Indian journal of veterinary science and animal husbandry - Volume 10,
Year: 1940
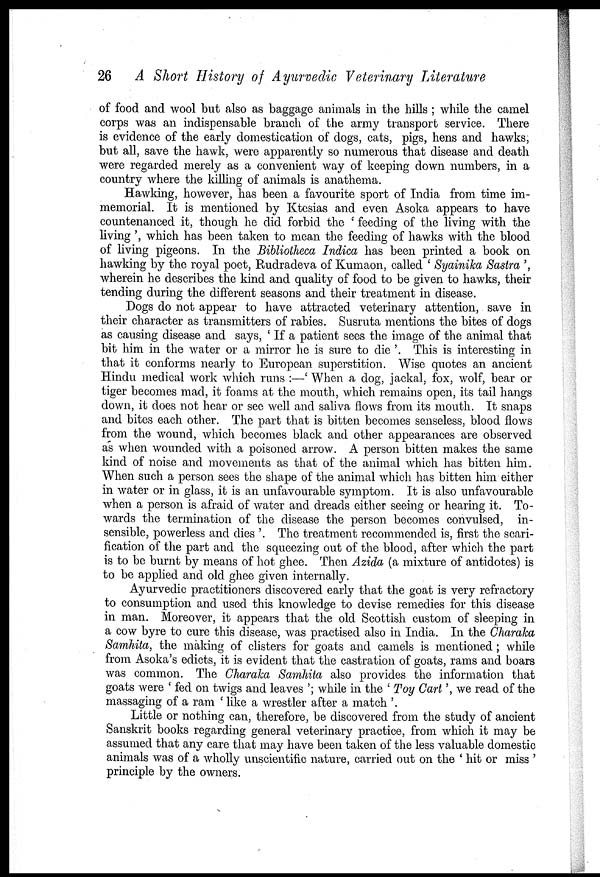
26 A Short History of Ayurvedic Veterinary Literature
of food and wool but also as baggage animals in the hills ; while the camel
corps was an indispensable branch of the army transport service. There
is evidence of the early domestication of dogs, cats, pigs, hens and hawks,
but all, save the hawk, were apparently so numerous that disease and death
were regarded merely as a convenient way of keeping down numbers, in a
country where the killing of animals is anathema.
Hawking, however, has been a favourite sport of India from time im-
memorial. It is mentioned by Ktesias and even Asoka appears to have
countenanced it, though he did forbid the ' feeding of the living with the
living ', which has been taken to mean the feeding of hawks with the blood
of living pigeons. In the Bibliolheca Indica has been printed a book on
hawking by the royal poet, Rudradeva of Kumaon, called ' Syainika Sastra ',
wherein he describes the kind and quality of food to be given to hawks, their
tending during the different seasons and their treatment in disease.
Dogs do not appear to have attracted veterinary attention, save in
their character as transmitters of rabies. Susruta mentions the bites of dogs
as causing disease and says, ' If a patient sees the image of the animal that
bit him in the water or a mirror he is sure to die '. This is interesting in
that it conforms nearly to European superstition. Wise quotes an ancient
Hindu medical work which runs :—' When a dog, jackal, fox, wolf, bear or
tiger becomes mad, it foams at the mouth, which remains open, its tail hangs
down, it does not hear or see well and saliva flows from its mouth. It snaps
and bites each other. The part that is bitten becomes senseless, blood flows
from the wound, which becomes black and other appearances are observed
as when wounded with a poisoned arrow. A person bitten makes the same
kind of noise and movements as that of the animal which has bitten him.
When such a person sees the shape of the animal which has bitten him either
in water or in glass, it is an unfavourable symptom. It is also unfavourable
when a person is afraid of water and dreads either seeing or hearing it. To-
wards the termination of the disease the person becomes convulsed, in-
sensible, powerless and dies '. The treatment recommended is, first the scari-
fication of the part and the squeezing out of the blood, after which the part
is to be burnt by means of hot ghee. Then Azida (a mixture of antidotes) is
to be applied and old ghee given internally.
Ayurvedic practitioners discovered early that the goat is very refractory
to consumption and used this knowledge to devise remedies for this disease
in man. Moreover, it appears that the old Scottish custom of sleeping in
a cow byre to cure this disease, was practised also in India. In the Charaka
Samhita, the making of clisters for goats and camels is mentioned; while
from Asoka's edicts, it is evident that the castration of goats, rams and boars
was common. The Charaka Samhita also provides the information that
goats were ' fed on twigs and leaves '; while in the ' Toy Cart', we read of the
massaging of a ram ' like a wrestler after a match '.
Little or nothing can, therefore, be discovered from the study of ancient
Sanskrit books regarding general veterinary practice, from which it may be
assumed that any care that may have been taken of the less valuable domestic
animals was of a wholly unscientific nature, carried out on the ' hit or miss '
principle by the owners.